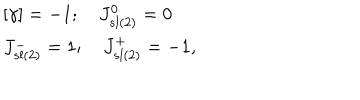
\begin{array} { l c r } { { \lbrack \gamma \rbrack = - 1 ; \quad J _ { s l ( 2 ) } ^ { 0 } = 0 } } \\ { { J _ { s l ( 2 ) } ^ { - } = 1 ; \quad J _ { s l ( 2 ) } ^ { + } = - 1 , } } \\ \end{array}